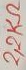
Text: 2,2KΩ